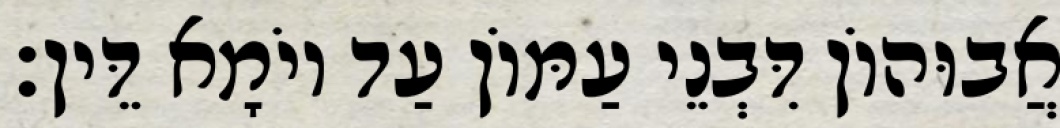
אֲבוּהוֹן דִּבְנֵי עַמּוֹן עַד יוֹמָא דֵּין׃